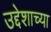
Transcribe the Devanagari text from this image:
उद्देशाच्या